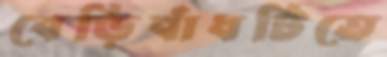
বেড়িবাঁধটিতে